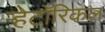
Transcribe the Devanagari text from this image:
ऱ्हेटॉरिकल